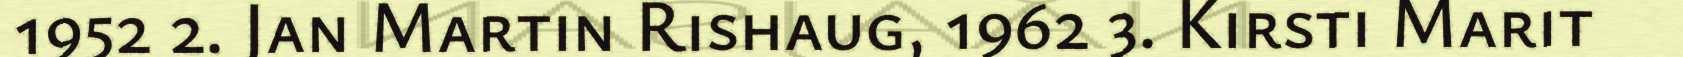
1952 2. Jan Martin Rishaug, 1962 3. Kirsti Marit